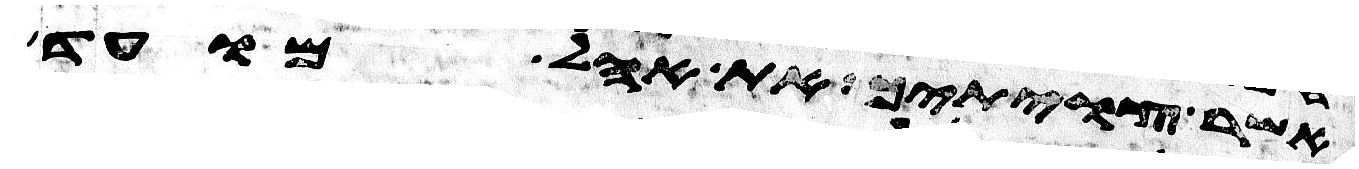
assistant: אשר צויתיך את אהל מועד